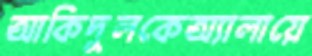
আকিদুলকেঅ্যালায়ে